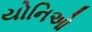
યોનિઓ